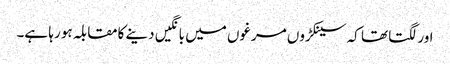
اور لگتا تھا کہ سینکڑوں مرغوں میں بانگیں دینے کامقابلہ ہو رہا ہے۔